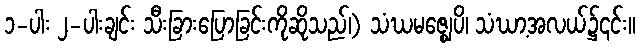
၁-ပါး ၂-ပါးချင်း သီးခြားပြောခြင်းကိုဆိုသည်၊) သံဃမဇ္ဈေပိ၊ သံဃာ့အလယ်၌၎င်း။